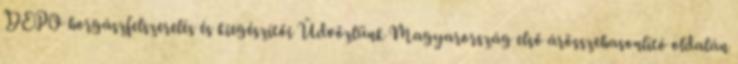
DEPO horgászfelszerelés és kiegészítői Üdvözlünk Magyarország első árösszehasonlító oldalán